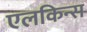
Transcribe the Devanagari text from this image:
एलकिन्स